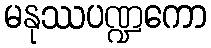
မနုဿပဏ္ဍကော